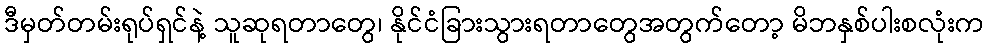
ဒီမှတ်တမ်းရုပ်ရှင်နဲ့ သူဆုရတာတွေ၊ နိုင်ငံခြားသွားရတာတွေအတွက်တော့ မိဘနှစ်ပါးစလုံးက